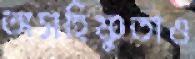
অসহিষ্ণুতাও